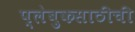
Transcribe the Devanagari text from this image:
प्लेबुकसाठीची